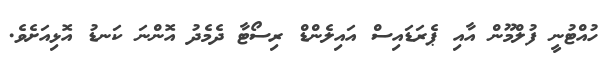
ހުއްޓުނީ ފުލްމޫން އާއި ޕެރަޑައިސް އައިލެންޑް ރިސޯޓާ ދެމެދު އޮންނަ ކަނޑު އޮޅިއަށެވެ.